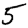
Digit: 5